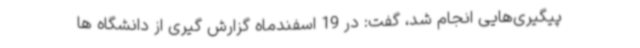
پیگیری‌هایی انجام شد، گفت: در 19 اسفندماه گزارش گیری از دانشگاه ها